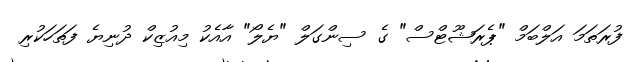
ފުރަތަމަ އަލްބަމް "ޕެރަޝޫޓްސް" ގެ ސިންގަލް "ޔެލޯ" އާއެކު މިއުޒިކް ދުނިޔެ ފަތަހަކުރި